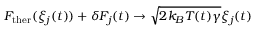
F _ { \mathrm { t h e r } } ( \xi _ { j } ( t ) ) + \delta F _ { j } ( t ) \rightarrow \sqrt { 2 k _ { B } T ( t ) \gamma } \xi _ { j } ( t )